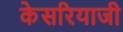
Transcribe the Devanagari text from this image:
केसरियाजी